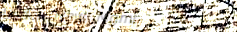
Under New Mgmt